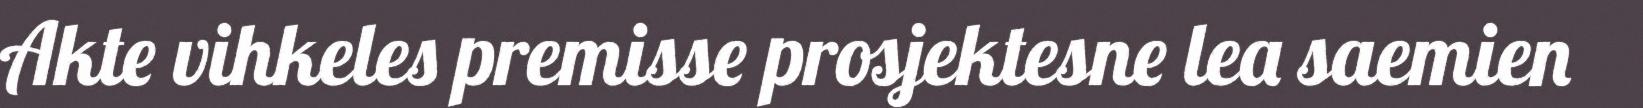
Akte vihkeles premisse prosjektesne lea saemien